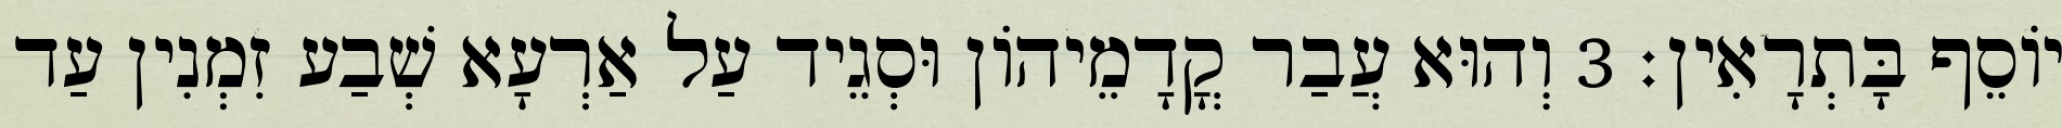
יוֹסֵף בָּתְרָאִין׃ 3 וְהוּא עֲבַר קֳדָמֵיהוֹן וּסְגֵיד עַל אַרְעָא שְׁבַע זִמְנִין עַד